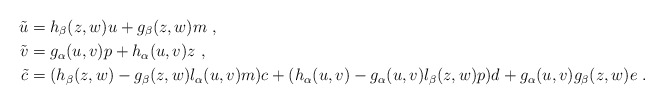
\begin{align*}\tilde u&=h_{\beta}(z,w)u+g_{\beta}(z,w)m \ , \cr\tilde v&=g_{\alpha}(u,v)p+h_{\alpha}(u,v)z \ , \cr\tilde c&=(h_\beta (z,w)-g_\beta(z,w)l_\alpha(u,v) m) c +(h_\alpha(u,v)-g_\alpha(u,v) l_\beta(z,w) p)d+g_\alpha(u,v)g_\beta(z,w) e \ . \cr\end{align*}